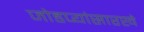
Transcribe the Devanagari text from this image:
जोडप्यांसारखे